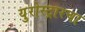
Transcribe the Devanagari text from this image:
युरोस्ट्रारचा